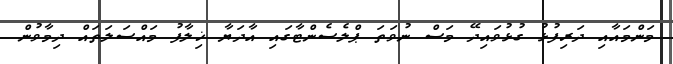
މަންމައާއި ދަރިފުޅު ގުޅުވައިދޭ މަސް ނުވަތަ ޕްލެސެންޓާގައި އާދަޔާ ޚިލާފު މައްސަލަތައް ދިމާވުން